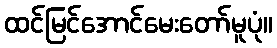
ထင်မြင်အောင်မေးတော်မူပုံ။